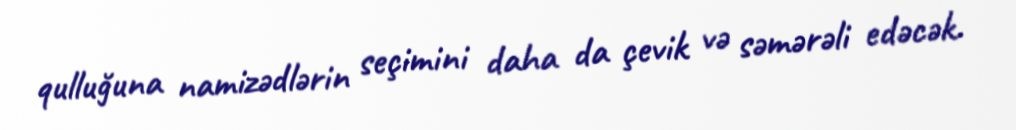
qulluğuna namizədlərin seçimini daha da çevik və səmərəli edəcək.